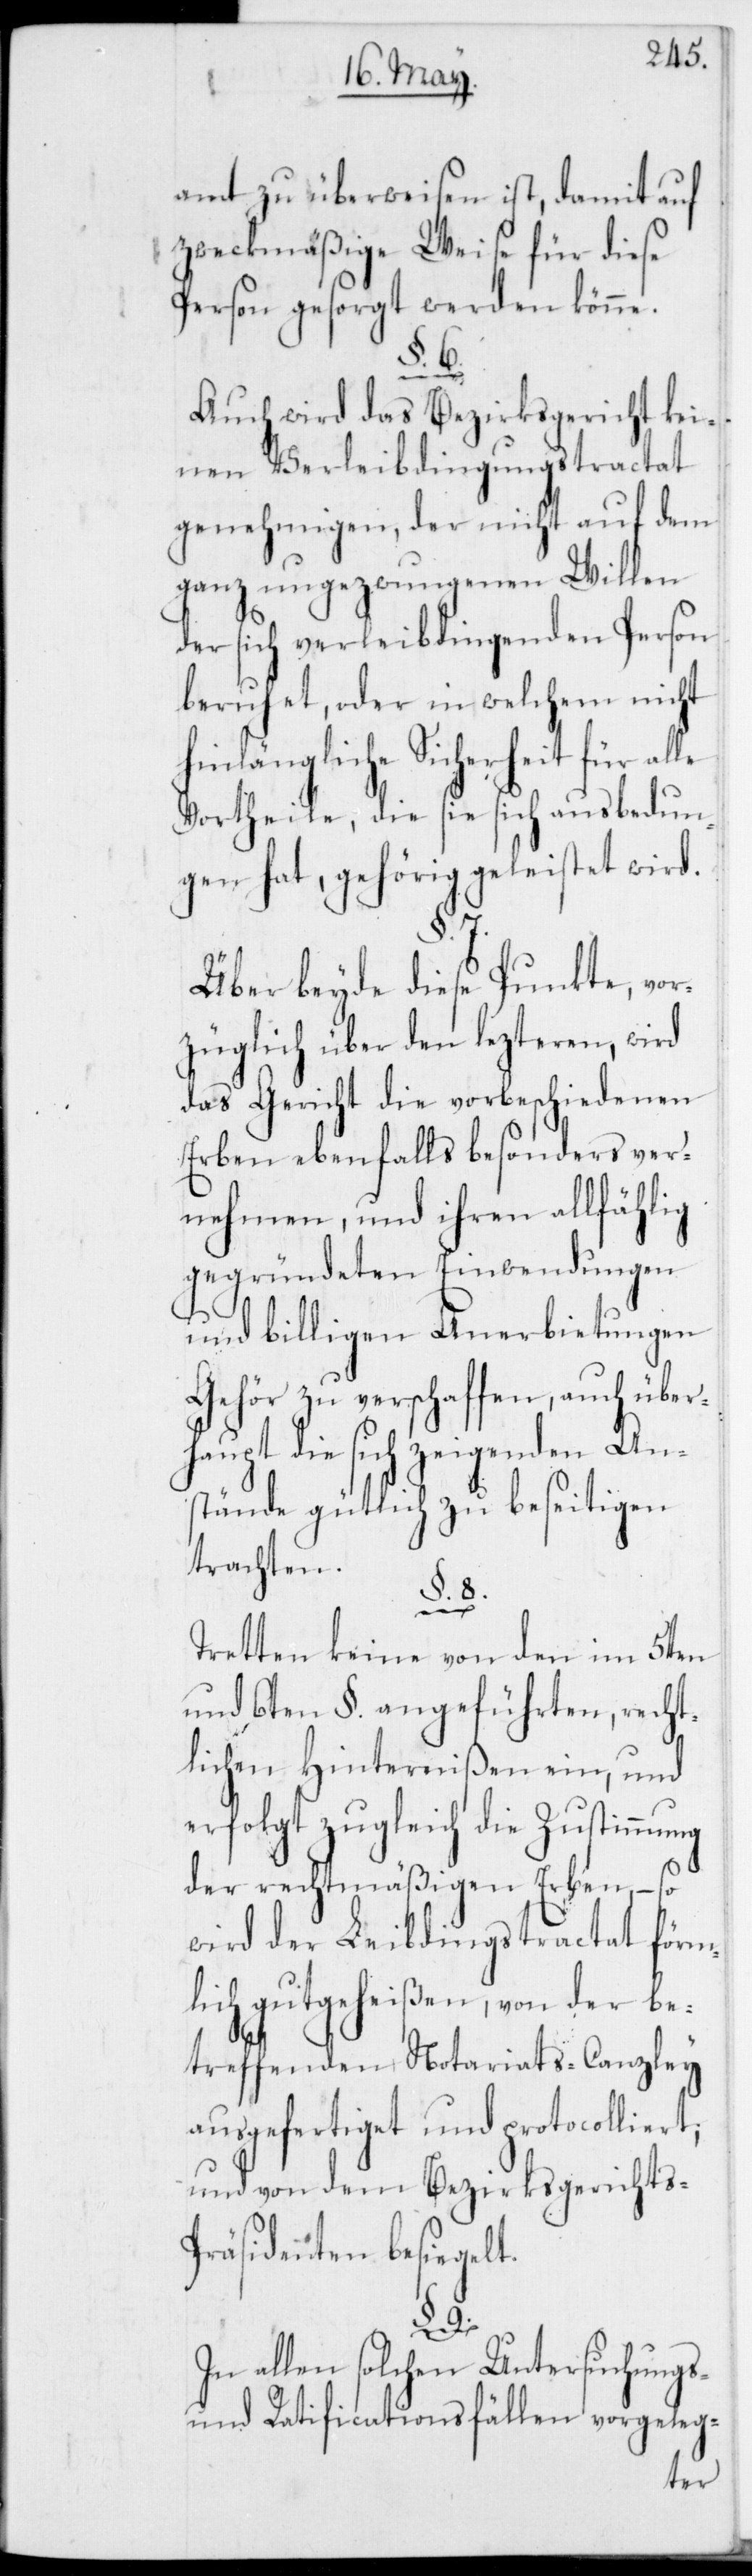
amt zu überweisen ist, damit auf
zweckmäßige Weise für diese
Person gesorgt werden könne.
§. 9.
Auch wird das Bezirksgericht kei¬
nen Verleibdingungstractat
genehmigen, der nicht auf dem
ganz ungezwungenen Willen
der sich verleibdingenden Person
beruhet, oder in welchem nicht
inlängliche Sicherheit für
Vortheile, die sie sich ausbedun¬
gen hat, gehörig geleistet wird.
Über beyde diese Punkte, vor¬
züglich über den lezteren, wird
das Gericht die vorbeschiedenen
Erben ebenfalls besonders ver¬
nehmen, und ihren allfählig
gegründeten Einwendungen
und billigen Anerbietungen
Gehör zu verschaffen, auch über¬
haupt die sich zeigenden An¬
stände gütlich zu beseitigen
trachten.
8.
Tretten keine von den im 5ten
und 6ten §. angeführten, recht¬
lichen Hinternißen ein, und
erfolgt zugleich die Zustimmung
der rechtmäßigen Erben, – so
wird der Leibdingstractat förm¬
lich gutgeheißen, von der be¬
treffenden Notariats-Canzley
ausgefertiget und protocolliert,
und von dem Bezirksgerichts-P¬
räsidenten besiegelt.
In allen solchen Untersuchungs-
und Ratificationsfällen vorgeleg-